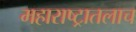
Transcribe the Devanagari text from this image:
महाराष्ट्रातलाच